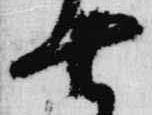
七